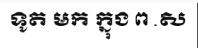
ទូត មក ក្នុង ព .ស